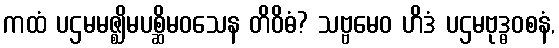
ကထံ ပဌမမဇ္ဈိမပစ္ဆိမဝသေန တိဝိဓံ? သဗ္ဗမေဝ ဟိဒံ ပဌမဗုဒ္ဓဝစနံ,